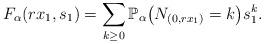
LaTeX: \begin{align*}F_{\alpha}(rx_{1},s_{1}) = \sum_{k \geq 0} \mathbb{P}_{\alpha}\big(N_{(0,rx_{1})}=k\big) s_{1}^{k}.\end{align*}